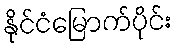
နိုင်ငံမြောက်ပိုင်း